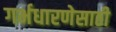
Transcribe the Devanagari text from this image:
गर्भधारणेसाठी